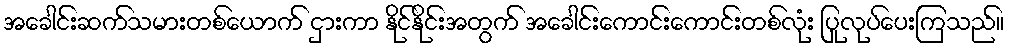
အခေါင်းဆက်သမားတစ်ယောက် ငှားကာ နိုင်နိုင်းအတွက် အခေါင်းကောင်းကောင်းတစ်လုံး ပြုလုပ်ပေးကြသည်။